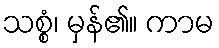
သစ္စံ၊ မှန်၏။ ကာမ